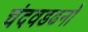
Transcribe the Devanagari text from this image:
चंदवडढनो